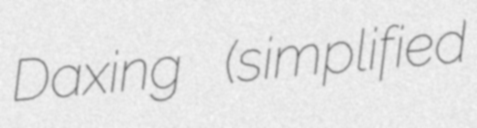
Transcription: Daxing (simplified